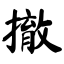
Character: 撤